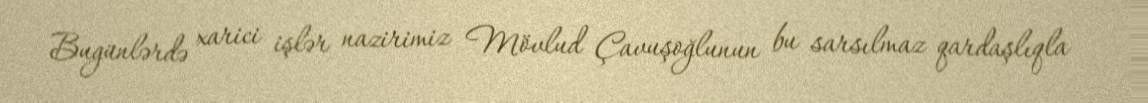
Bugünlərdə xarici işlər nazirimiz Mövlud Çavuşoğlunun bu sarsılmaz qardaşlıqla